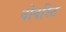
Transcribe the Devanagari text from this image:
वोवरिट